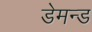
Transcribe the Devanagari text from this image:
डेमन्ड